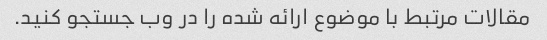
مقالات مرتبط با موضوع ارائه شده را در وب جستجو کنید.